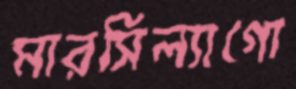
মারসিল্যাগো